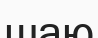
шаю